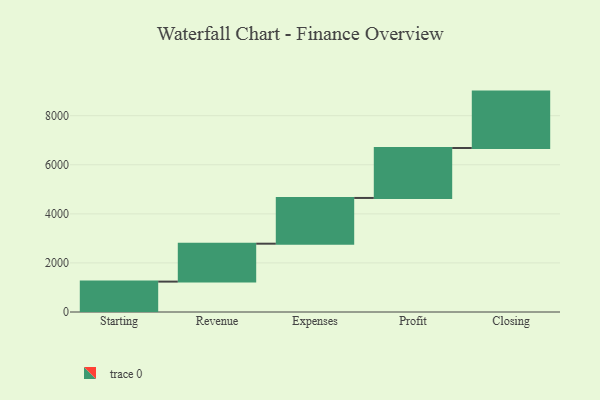
{"axis": {"x": "Step", "y": "Value"}, "legend": [""], "data": [{"x": "Starting", "y": 1239.0, "type": ""}, {"x": "Revenue", "y": 1545.0, "type": ""}, {"x": "Expenses", "y": 1864.0, "type": ""}, {"x": "Profit", "y": 2035.0, "type": ""}, {"x": "Closing", "y": 2299.0, "type": ""}]}